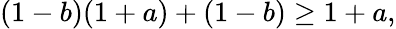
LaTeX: (1-b)(1+a)+(1-b)\geq 1+a,